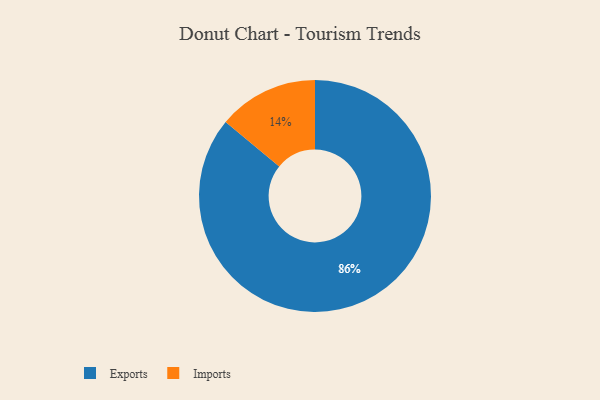
{"axis": {"x": "Category", "y": "Percentage"}, "legend": ["Exports", "Imports"], "data": [{"x": "Imports", "y": 14, "type": "Imports"}, {"x": "Exports", "y": 86, "type": "Exports"}]}